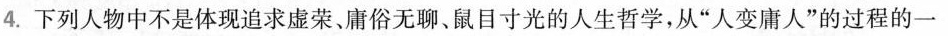
4.下列人物中不是体现追求虚荣、庸俗无聊、鼠目寸光的人生哲学，从”人变庸人”的过程的一